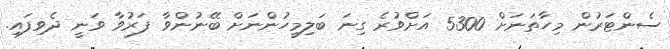
ސެންޓަރުން މިހާތަނަށް 5300 އަށްވުރެ ގިނަ ބަލިމީހުންނަށް ބޭނުންވާ ފަރުވާ ވަނީ ދެވިފައި.